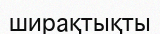
ширақтықты